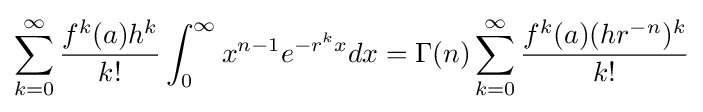
\sum _{k=0}^{\infty }{\frac {f^{k}(a)h^{k}}{k!}}\int _{0}^{\infty }x^{n-1}e^{-r^{k}x}dx=\Gamma (n)\sum _{k=0}^{\infty }{\frac {f^{k}(a)(hr^{-n})^{k}}{k!}}